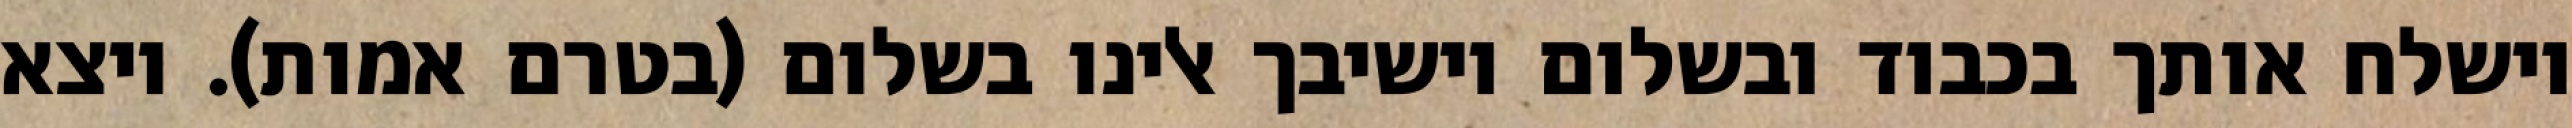
וישלח אותך בכבוד ובשלום וישיבך אלינו בשלום (בטרם אמות). ויצא